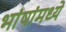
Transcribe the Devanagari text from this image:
भांषांमध्ये